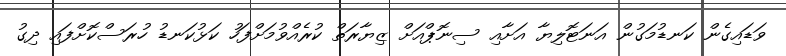
ވަޑައިގެން ކަނޑުމަގުން އަނަޓޮލިޔާ އަށާއި ސިނޮޕްއަށް ޒިޔާރަތް ކުރެއްވުމަށްފަހު ކަޅުކަނޑު ހުރަސްކޮށްފައި ދިގު